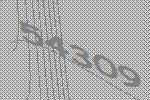
54309